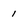
Character: 1